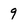
Character: 9